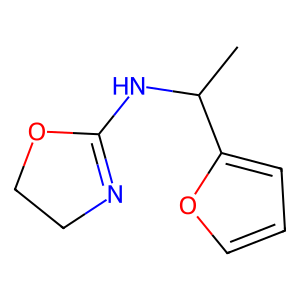
SMILES: CC(NC1=NCCO1)c1ccco1
Inhibits HIV replication: No